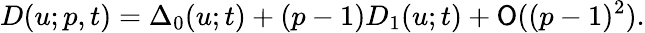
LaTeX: D(u;p,t)=\Delta_{0}(u;t)+(p-1)D_{1}(u;t)+\mathsf{O}((p-1)^{2}).